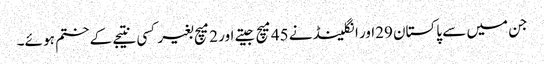
جن میں سے پاکستان 29اور انگلینڈ نے 45میچ جیتے اور 2میچ بغیر کسی نتیجے کے ختم ہو ئے۔